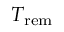
T _ { \mathrm { r e m } }